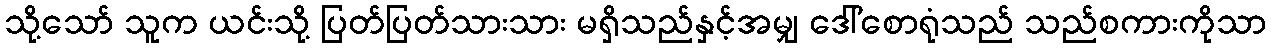
သို့သော် သူက ယင်းသို့ ပြတ်ပြတ်သားသား မရှိသည်နှင့်အမျှ ဒေါ်စောရုံသည် သည်စကားကိုသာ